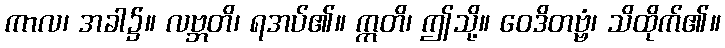
ကာလ၊ အခါ၌။ လဗ္ဘတိ၊ ရအပ်၏။ ဣတိ၊ ဤသို့။ ဝေဒိတဗ္ဗံ၊ သိထိုက်၏။